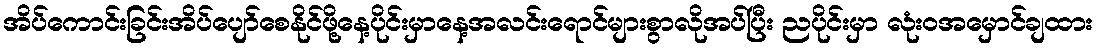
အိပ်ကောင်းခြင်းအိပ်ပျော်စေနိုင်ဖို့နေ့ပိုင်းမှာနေ့အလင်းရောင်များစွာလိုအပ်ပြီး ညပိုင်းမှာ လုံးဝအမှောင်ချထား